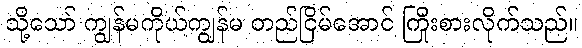
သို့သော် ကျွန်မကိုယ်ကျွန်မ တည်ငြိမ်အောင် ကြိုးစားလိုက်သည်။